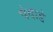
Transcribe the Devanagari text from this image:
पंदाडे